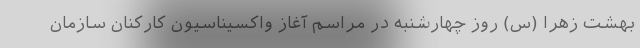
بهشت زهرا (س) روز چهارشنبه در مراسم آغاز واکسیناسیون کارکنان سازمان